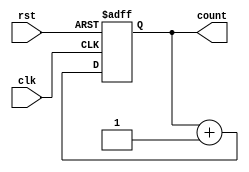
module async_counter #(parameter N = 4) (
    input wire clk,           // Clock input
    input wire rst,           // Asynchronous reset
    output reg [N-1:0] count  // N-bit counter output
);

// Always block to describe the behavior of the counter
always @(posedge clk or posedge rst) begin
    if (rst) begin
        count <= 0;          // Reset the counter to 0
    end else begin
        count <= count + 1;  // Increment the counter
    end
end

endmodule